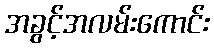
အခွင့်အလမ်းကောင်း